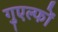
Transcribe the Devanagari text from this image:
गुएल्फों